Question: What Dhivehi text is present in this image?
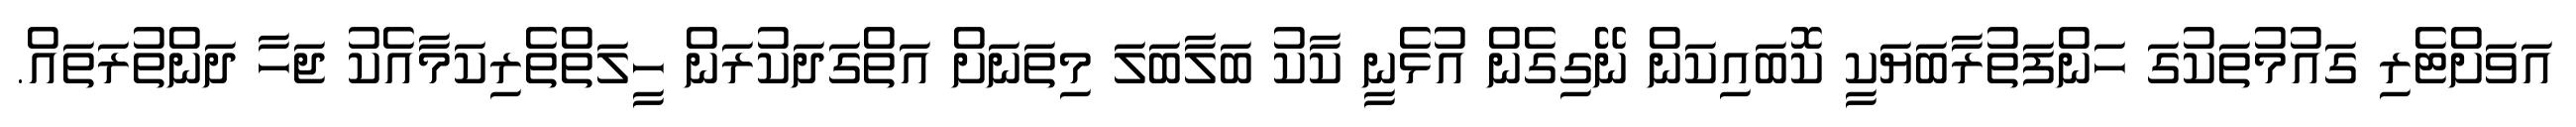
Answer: އަވަށްޓެރި ގައުމުތަކުގަ ހަންފަތުރާބަޔަކީ ކޮބައިކަން ނޭގިގެން އުޅެނީ ކާކު ބަލާބަލަ މިތަނަށް އަތްގަދަކުރަން ހީލަތްތެރިކަމާއެކު ޖަހާ ދަންތުރަތައް.